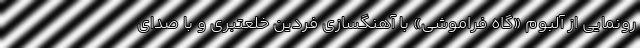
رونمایی از آلبوم «گاه فراموشی» با آهنگسازی فردین خلعتبری و با صدای